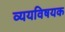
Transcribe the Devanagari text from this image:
व्ययविषयक